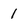
Character: 1